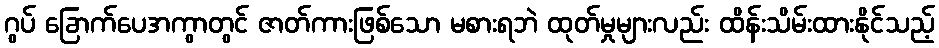
ဂွပ် ခြောက်ပေအကွာတွင် ဇာတ်ကားဖြစ်သော မစားရဘဲ ထုတ်မှုများလည်း ထိန်းသိမ်းထားနိုင်သည့်